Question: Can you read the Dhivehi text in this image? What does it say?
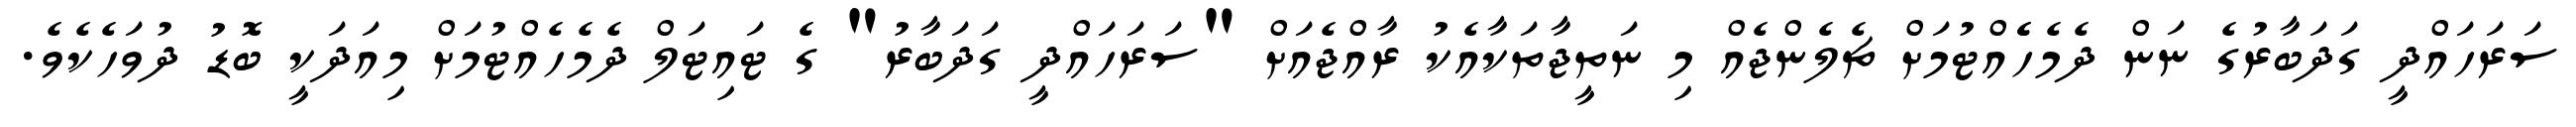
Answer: ސަރަހައްދީ ގަދަބާރުގެ ނަން ދެމެހެެއްޓުމަށް ޗެލެންޖެއް މި ނަތީޖާތަކާއެކު ރާއްޖެއަށް "ސަރަހައްދީ ގަދަބާރު" ގެ ޓައިޓަލް ދެމެހެއްޓުމަށް މިއަދަކީ ބޮޑު ދުވަހެކެވެ.